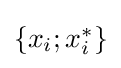
{\textstyle \left\{x_{i};x_{i}^{*}\right\}}